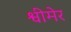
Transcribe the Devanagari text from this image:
श्वीमेर